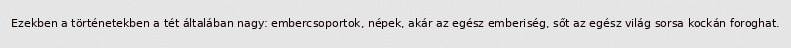
Ezekben a történetekben a tét általában nagy: embercsoportok, népek, akár az egész emberiség, sőt az egész világ sorsa kockán foroghat.